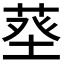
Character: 𦱬